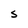
Character: S